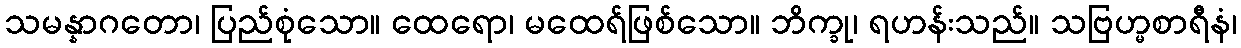
သမန္နာဂတော၊ ပြည်စုံသော။ ထေရော၊ မထေရ်ဖြစ်သော။ ဘိက္ခု၊ ရဟန်းသည်။ သဗြဟ္မစာရီနံ၊